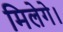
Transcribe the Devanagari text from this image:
मिलेगे।